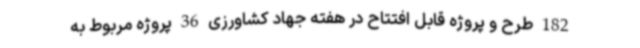
182 طرح و پروژه قابل افتتاح در هفته جهاد کشاورزی 36 پروژه مربوط به